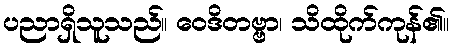
ပညာရှိသူသည်။ ဝေဒိတဗ္ဗာ၊ သိထိုက်ကုန်၏။